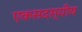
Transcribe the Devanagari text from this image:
एकसदस्यीय